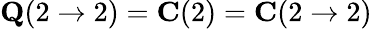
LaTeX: \mathbf{Q}(2\to 2)=\mathbf{C}(2)=\mathbf{C}(2\to 2)